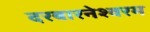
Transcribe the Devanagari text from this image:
दरबारनेश्वरम